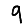
Digit: 9